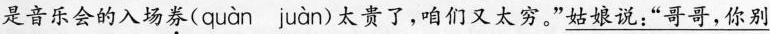
是音乐会的入场券( quàn juàn )太贵了，咱们又太穷。”\underline{姑娘说：”哥哥，你别}